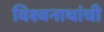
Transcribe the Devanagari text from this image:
विश्वनाथांची